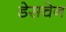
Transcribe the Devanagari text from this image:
डेसचेन